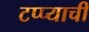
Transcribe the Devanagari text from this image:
टप्प्याची